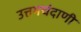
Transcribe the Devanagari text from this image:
उत्तमचंदाणी